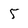
Character: 5